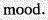
mood.